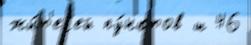
жи́т'ел'ей пу́нктов ш 46